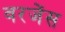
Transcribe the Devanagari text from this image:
वरजेंस